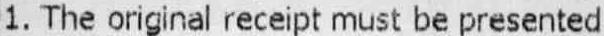
1. THE ORIGINAL RECEIPT MUST BE PRESENTED